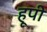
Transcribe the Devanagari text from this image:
हूपी